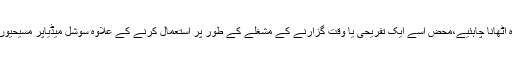
مسیحی نوجوانوں کو بھی اس سوشل میڈیا سے فائدہ اٹھانا چاہئیے،محض اسے ایک تفریحی یا وقت گزارنے کے مشغلے کے طور پر استعمال کرنے کے علاوہ سوشل میڈیاپر مسیحیوں کے حقوق و مسائل کیلئے آواز بلند کرنی چاہئیے۔